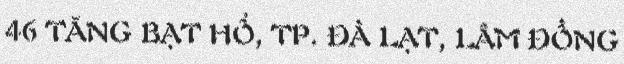
46 TĂNG BẠT HỔ, TP. ĐÀ LẠT, LÂM ĐỒNG